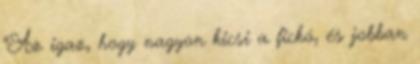
"Az igaz, hogy nagyon kicsi a fickó, és jobban